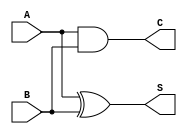
module carry_lookahead_half_adder (
    input wire A,  // First input bit
    input wire B,  // Second input bit
    output wire S, // Sum output
    output wire C  // Carry output
);

// Internal logic for Sum and Carry calculations
assign S = A ^ B;  // Sum calculation using XOR
assign C = A & B;  // Carry calculation using AND

endmodule